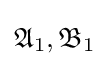
{\mathfrak {A}}_{1},{\mathfrak {B}}_{1}